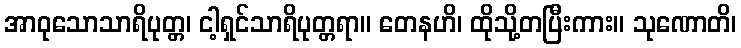
အာဝုသောသာရိပုတ္တ၊ ငါ့ရှင်သာရိပုတ္တရာ။ တေနဟိ၊ ထိုသို့တပြီးကား။ သုဏောတိ၊